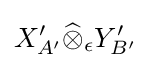
X_{A^{\prime }}^{\prime }{\widehat {\otimes }}_{\epsilon }Y_{B^{\prime }}^{\prime }